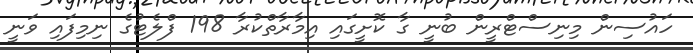
ހައުސިން މިނިސްޓްރީން ބުނީ ގާ ކޮށީގައި އިމާރާތްކުރާ 198 ފްލެޓުގެ ނިމިފައި ވަނީ